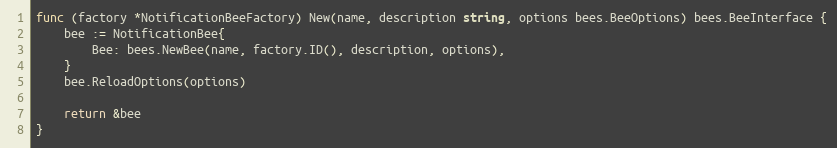
Language: Go
func (factory *NotificationBeeFactory) New(name, description string, options bees.BeeOptions) bees.BeeInterface {
	bee := NotificationBee{
		Bee: bees.NewBee(name, factory.ID(), description, options),
	}
	bee.ReloadOptions(options)

	return &bee
}